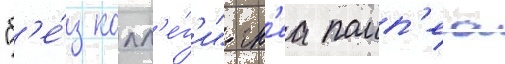
"б'е́з колл'е́г'и" гн'еа помп'еа